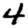
Digit: 4